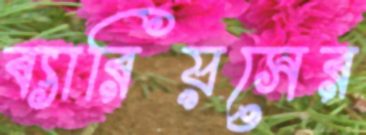
ব্যারিয়সের